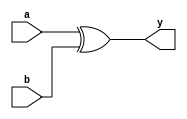
`timescale 1ns / 1ps
//////////////////////////////////////////////////////////////////////////////////

module XorGate(input a,b, output y);
assign y = a^b;
endmodule